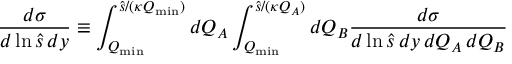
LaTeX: { \frac { d \sigma } { d \ln \hat { s } \, d y } } \equiv \int _ { Q _ { \mathrm { m i n } } } ^ { \hat { s } / ( \kappa Q _ { \mathrm { m i n } } ) } d Q _ { A } \int _ { Q _ { \mathrm { m i n } } } ^ { \hat { s } / ( \kappa Q _ { A } ) } d Q _ { B } { \frac { d \sigma } { d \ln \hat { s } \, d y \, d Q _ { A } \, d Q _ { B } } }